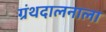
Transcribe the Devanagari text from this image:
ग्रंथदालनाला